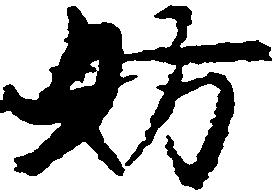
妨